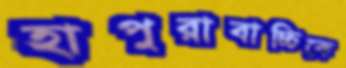
হাপুরাবাচ্চিকে